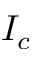
I _ { c }